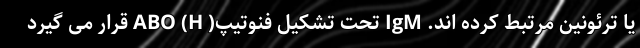
یا ترئونین مرتبط کرده اند. IgM تحت تشکیل فنوتیپ( ABO (H قرار می گیرد